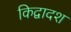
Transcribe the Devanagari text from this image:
किद्वादश